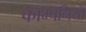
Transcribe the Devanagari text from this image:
काम्पनिया